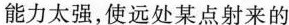
能力太强，使远处某点射来的